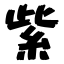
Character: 紫